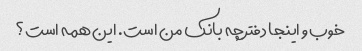
خوب و اینجا دفترچه بانک من است. این همه است؟